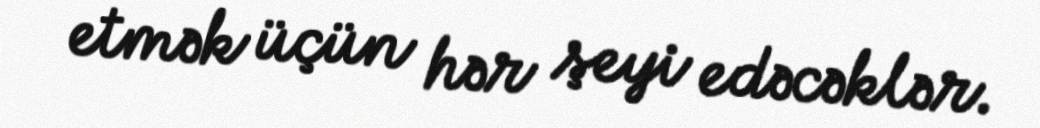
etmək üçün hər şeyi edəcəklər.